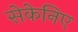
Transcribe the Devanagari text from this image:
सेकेनिए